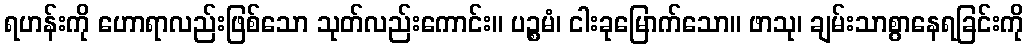
ရဟန်းကို ဟောရာလည်းဖြစ်သော သုတ်လည်းကောင်း။ ပဉ္စမံ၊ ငါးခုမြောက်သော။ ဖာသု၊ ချမ်းသာစွာနေရခြင်းကို